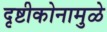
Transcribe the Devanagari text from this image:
दृष्टीकोनामुळे